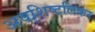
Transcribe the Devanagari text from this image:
अवशिष्टलिकर